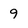
Character: 9